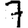
Digit: 7